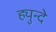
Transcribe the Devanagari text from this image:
ह्युन्दे